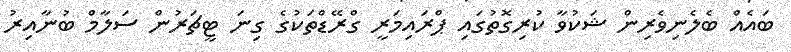
ބައެއް ބެލެނިވެރިން ޝަކުވާ ކުރިގޮތުގައި ޕްރައިމަރީ ގްރޭޑްތަކުގެ ގިނަ ޓީޗަރުން ސަލާމް ބުނާއިރު